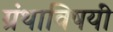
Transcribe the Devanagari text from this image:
ग्रंथाविषयीं